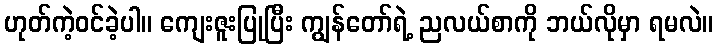
ဟုတ်ကဲ့ဝင်ခဲ့ပါ။ ကျေးဇူးပြုပြီး ကျွန်တော်ရဲ့ ညလယ်စာကို ဘယ်လိုမှာ ရမလဲ။